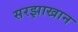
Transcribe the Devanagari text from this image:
सरझाखान